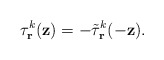
\begin{align*}\tau^k_{\bf r}({\bf z})=-\tilde\tau^k_{\bf r}(-{\bf z}).\end{align*}